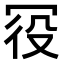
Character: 𠖊